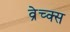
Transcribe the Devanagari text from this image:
व्रेच्क्स